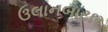
ઉલાનબાટાર